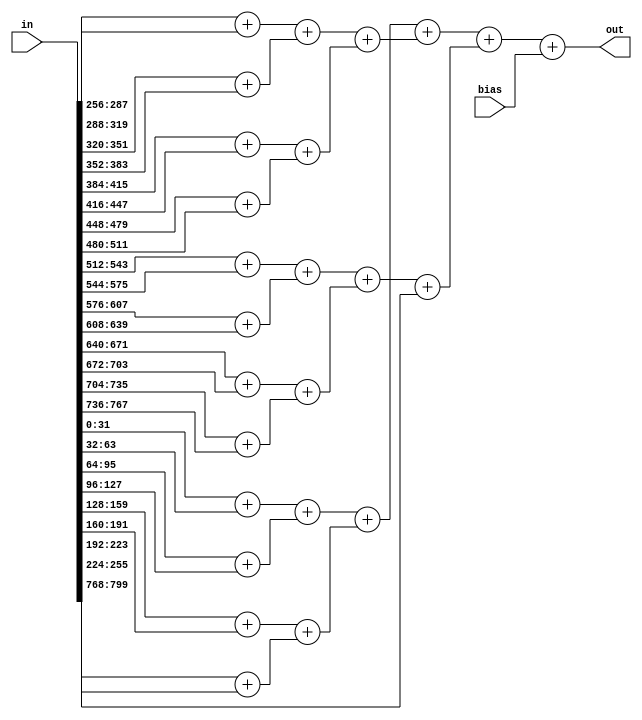
module adder_tree #(parameter BIT_WIDTH = 32) (
    input signed [BIT_WIDTH*25 - 1 : 0] in,
	input signed [7:0] bias,
	output signed [BIT_WIDTH - 1 : 0] out
);
    wire signed [BIT_WIDTH - 1 : 0] product [24:0];
    wire signed [BIT_WIDTH - 1 : 0] sum [22:0];
	
	genvar x;
	
	generate
		for (x = 0; x < 25; x = x + 1) begin : product_count
			assign product[x] = in[BIT_WIDTH*(x + 1) - 1 : BIT_WIDTH*x];
		end
		for (x = 0; x < 12; x = x + 1) begin : adder_tree_layer1_C1
			assign sum[x] = product[x * 2] + product[x * 2 + 1];
		end
		for (x = 0; x < 6; x = x + 1) begin : adder_tree_layer2_C1
			assign sum[x + 12] = sum[x * 2] + sum[x * 2 + 1];
		end
		for (x = 0; x < 3; x = x + 1) begin : adder_tree_layer3_C1
			assign sum[x + 18] = sum[x * 2 + 12] + sum[x * 2 + 13];
		end
		assign sum[21] = sum[18] + sum[19];
		assign sum[22] = sum[20] + product[24];
      assign out = sum[21] + sum[22] + bias;
	endgenerate
	
endmodule